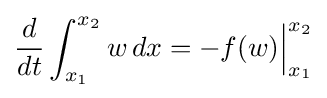
{\frac {d}{dt}}\int _{x_{1}}^{x_{2}}w\,dx=-f(w){\Big |}_{x_{1}}^{x_{2}}